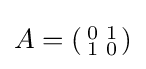
A=\left({\begin{smallmatrix}0&1\\1&0\end{smallmatrix}}\right)